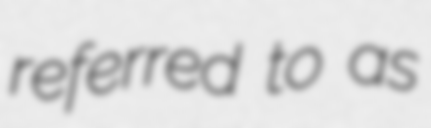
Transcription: referred to as